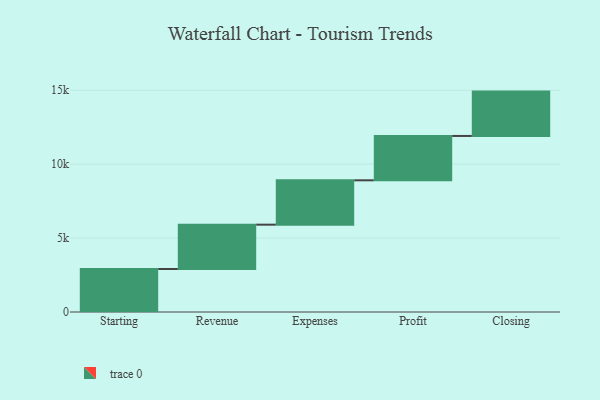
{"axis": {"x": "Step", "y": "Value"}, "legend": [""], "data": [{"x": "Starting", "y": 2907.0, "type": ""}, {"x": "Revenue", "y": 3000, "type": ""}, {"x": "Expenses", "y": 3000, "type": ""}, {"x": "Profit", "y": 3000, "type": ""}, {"x": "Closing", "y": 3000, "type": ""}]}